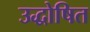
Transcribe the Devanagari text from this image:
उद्धोषित